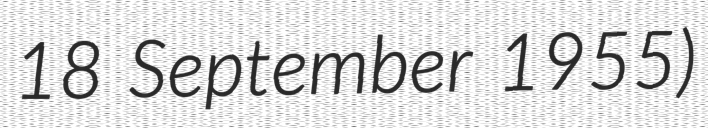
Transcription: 18 September 1955)